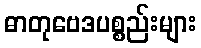
ဓာတုဗေဒပစ္စည်းများ